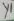
Text: Y1